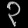
Digit: ၃